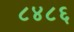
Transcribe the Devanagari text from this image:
८४८६